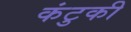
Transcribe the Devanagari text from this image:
कंटुकी